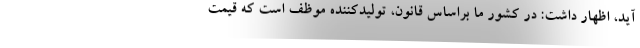
آید، اظهار داشت: در کشور ما براساس قانون، تولیدکننده موظف است که قیمت